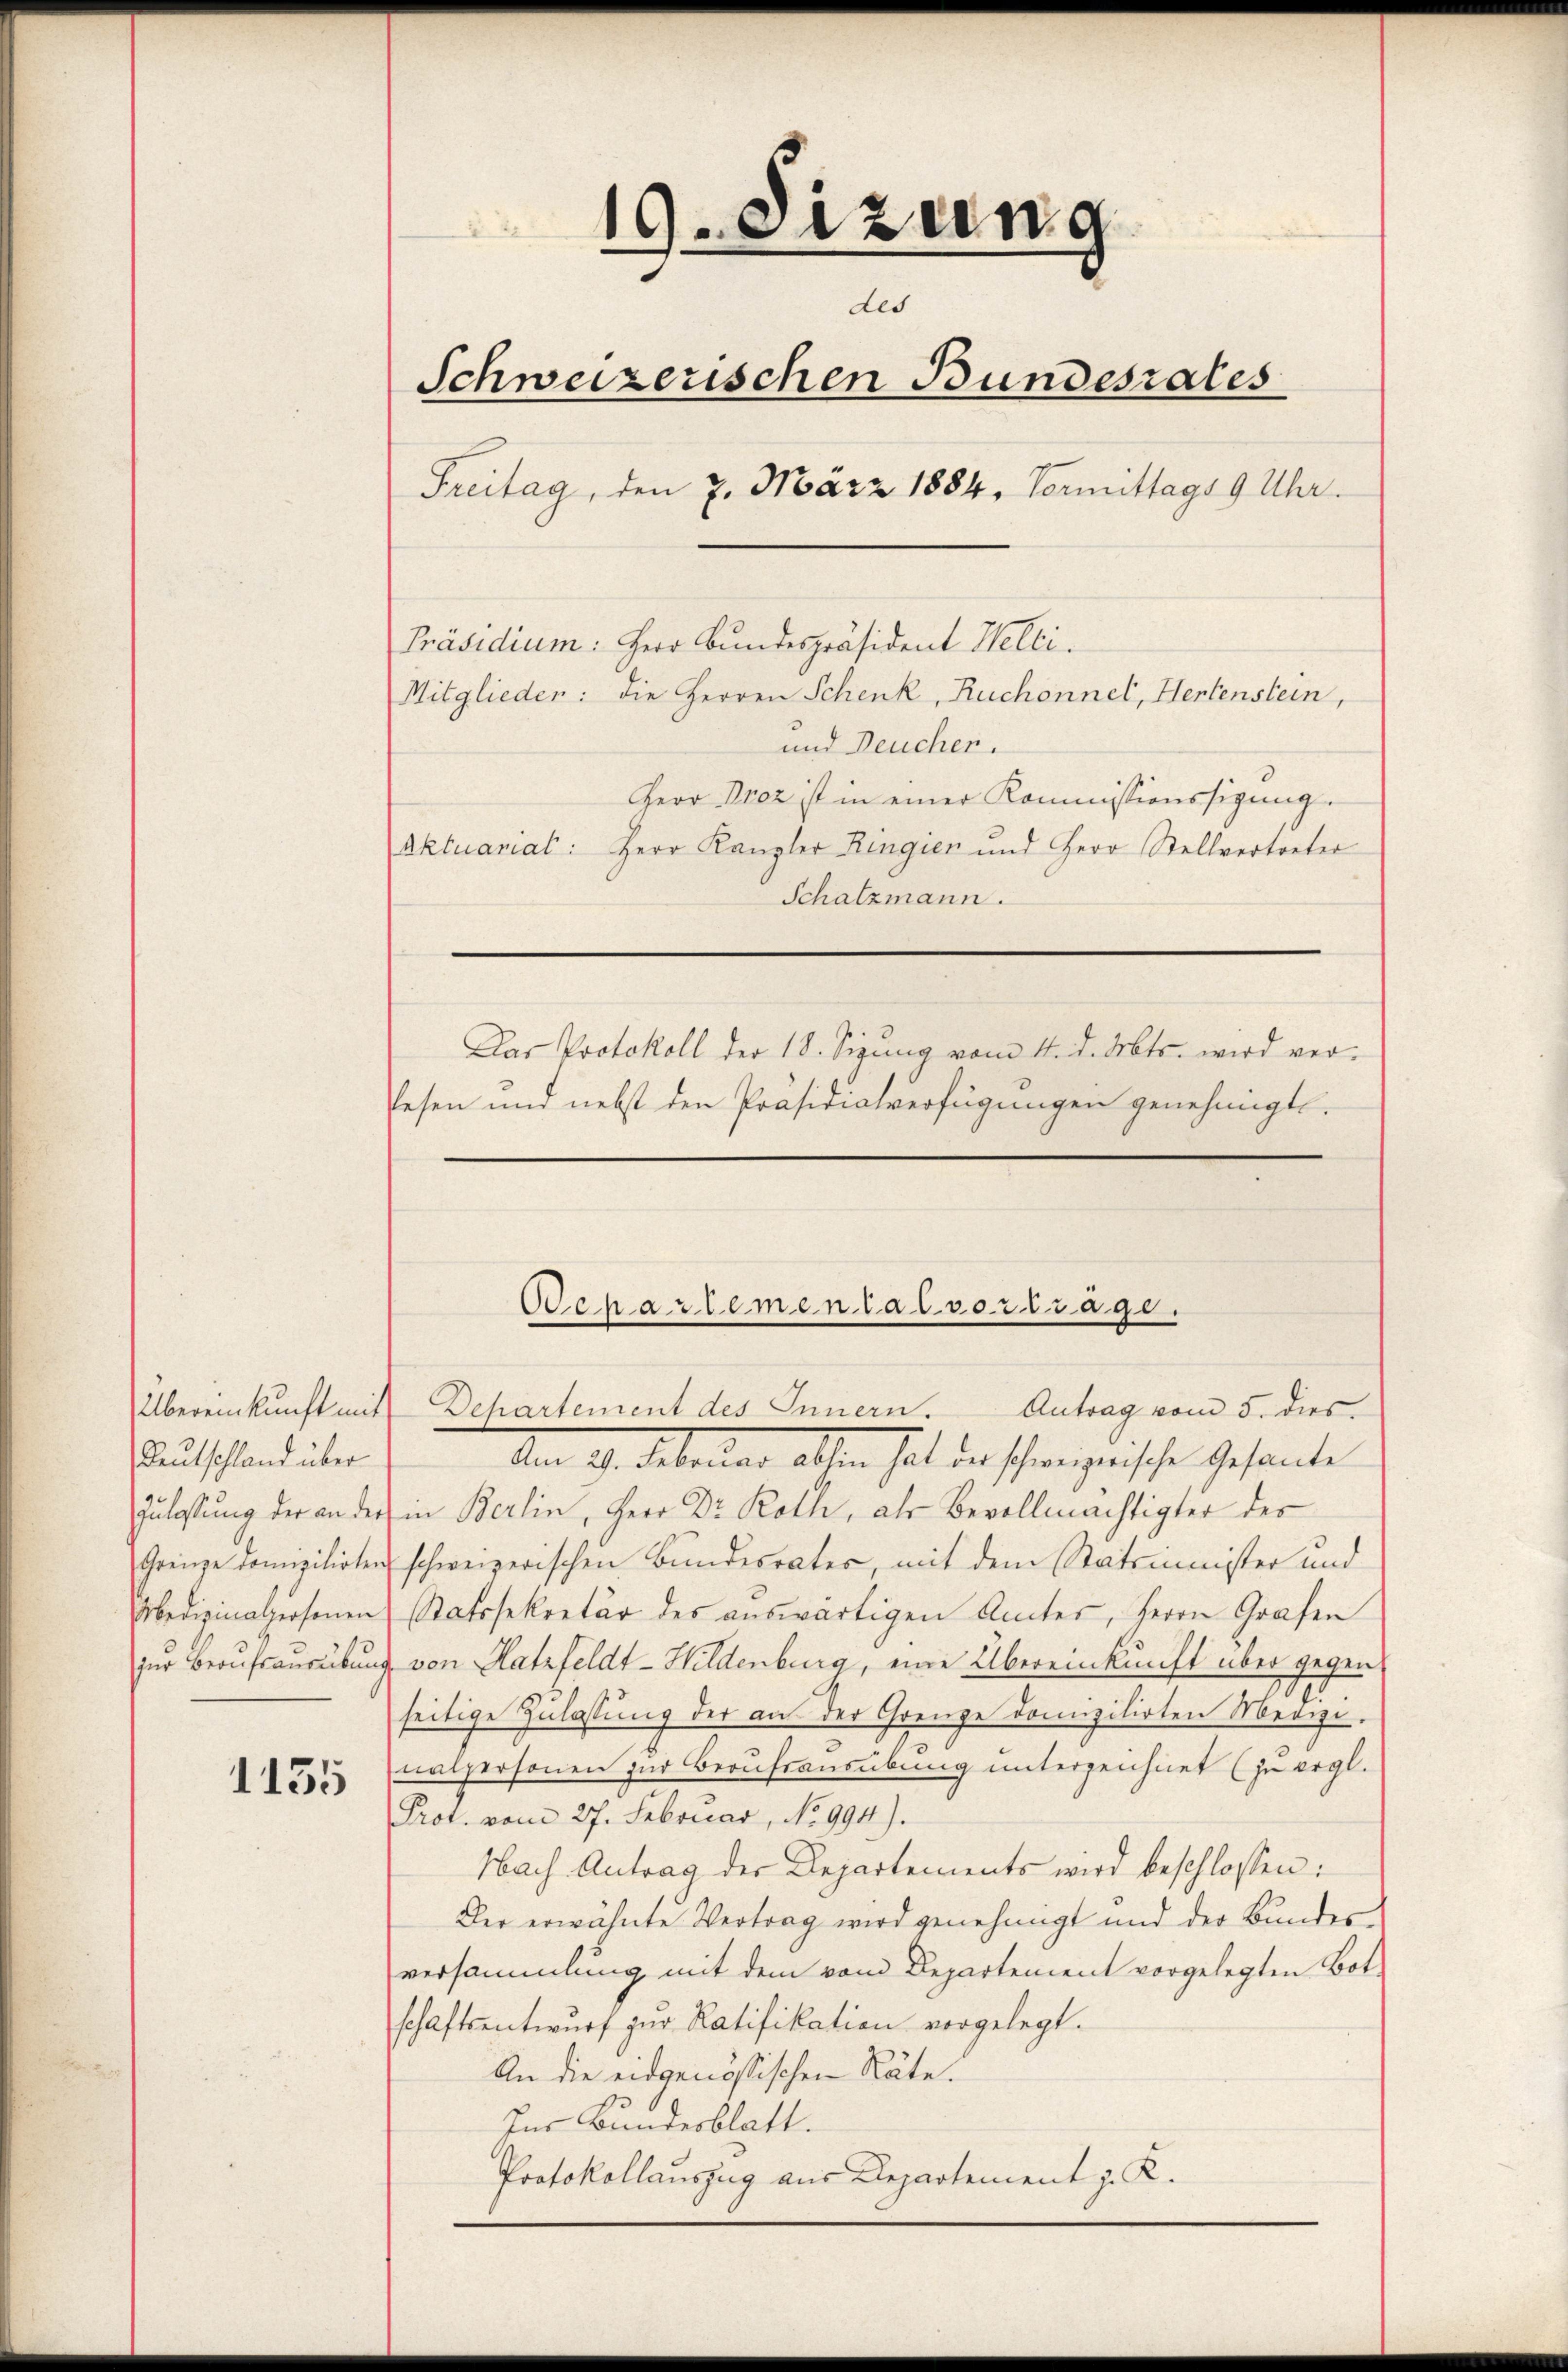
Deutschland über

1135

19.eizung
des
Schweizerischen Bundesrates
Freitag, den 7. März 1884, Vormittags 9 Uhr.
Präsidium: Herr Bundespräsident Welti.
Mitglieden: die Herren Schenk, Ruchonnel, Hertenstein,
und Deucher.
Herr Droz ist in einer Kommissionssigung
Aktuarial: Herr Kanzler Ringien und Herr Stellvertreter
Schatzmann.
Das Protokoll der 18. Sizung vom 14. d. Mts. wird ver-
lesen und nebst den Präsidialverfügungen genehmigt.

Übereinkunft mit Dehartement des Innern. Antrag vom 5. dies
Den 9. Februar alten hat der schweizerische Gesandte
Zulassung der an der in Berlin, Herr Dr. Roth, als Bevollmächtigter des
Grenze Domizilirten schweizerischen Bundesrates, mit dem Statsminister und
Medizinalpersonen Ratssekretär des auswärtigen Amtes, Herrn Grafen
zur Beaufsausübung von Hatzfeldt-Hildenburg, eine Übereinkunft über gegen
seitige Zulassung der an der Grenze domizilirten Medizi-
nalpersonen zur Berufsausübung unterzeichnet (zu ergl.
Prot. vom 27. Februar, No 994).
Nach Antrag der Departements wird beschlossen:
Der erwähnte Vertrag wird genehmigt und der Bundesversammlung mit dem vom Departement vorgelegten Botschaftsentwurf zur Ratifikation vorgelegt.
An die eidgenössischen Räte.
Ins Bundesblatt.
Protokollauszug aus Departement z. K.

Ochartemental vortrage.